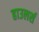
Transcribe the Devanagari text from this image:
हाउलर्स